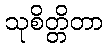
သုစိတ္တိတာ